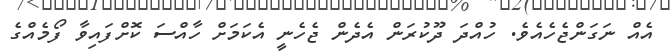
އެއް ނަގަންޖެހެއެވެ. ހުއްދަ ދޫކުރަން އެދެން ޖެހެނީ އެކަމަށް ހާއްސަ ކޮށްފައިވާ ފޯމެއްގެ